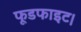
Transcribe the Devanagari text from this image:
फूडफाइट।